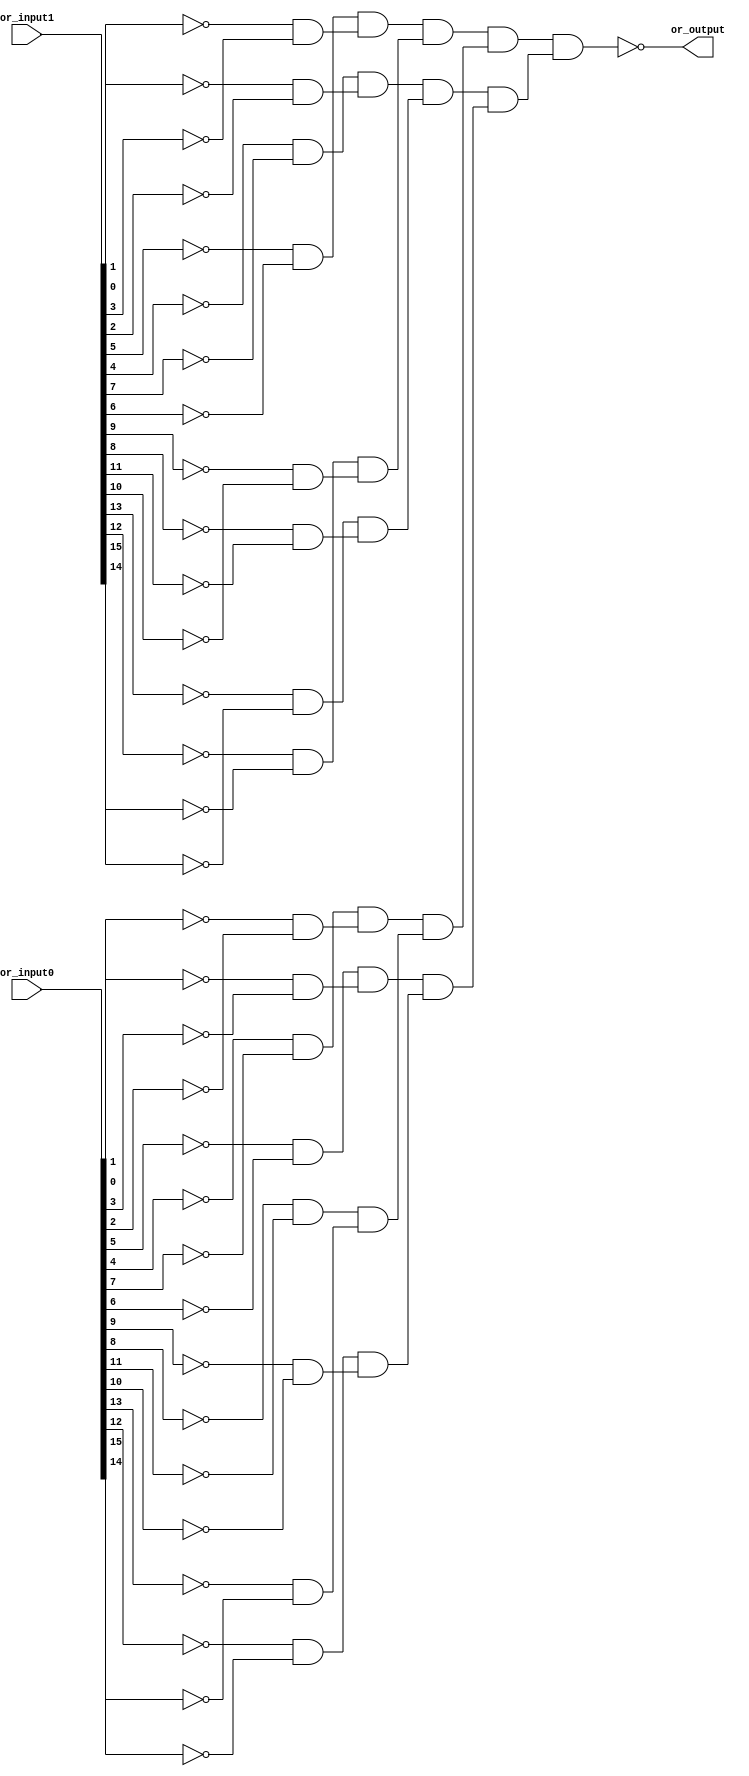
/* Generated by Yosys 0.28+1 (git sha1 a9c792dce, clang 10.0.0-4ubuntu1 -fPIC -Os) */

(* hdlname = "\\\\or32x1" *)
(* top =  1  *)
(* src = "or32x1.v:3.1-11.10" *)
module or32x1(or_input0, or_input1, or_output);
  wire _000_;
  wire _001_;
  wire _002_;
  wire _003_;
  wire _004_;
  wire _005_;
  wire _006_;
  wire _007_;
  wire _008_;
  wire _009_;
  wire _010_;
  wire _011_;
  wire _012_;
  wire _013_;
  wire _014_;
  wire _015_;
  wire _016_;
  wire _017_;
  wire _018_;
  wire _019_;
  wire _020_;
  wire _021_;
  wire _022_;
  wire _023_;
  wire _024_;
  wire _025_;
  wire _026_;
  wire _027_;
  wire _028_;
  wire _029_;
  wire _030_;
  wire _031_;
  wire _032_;
  wire _033_;
  wire _034_;
  wire _035_;
  wire _036_;
  wire _037_;
  wire _038_;
  wire _039_;
  wire _040_;
  wire _041_;
  wire _042_;
  wire _043_;
  wire _044_;
  wire _045_;
  wire _046_;
  wire _047_;
  wire _048_;
  wire _049_;
  wire _050_;
  wire _051_;
  wire _052_;
  wire _053_;
  wire _054_;
  wire _055_;
  wire _056_;
  wire _057_;
  wire _058_;
  wire _059_;
  wire _060_;
  wire _061_;
  wire _062_;
  wire _063_;
  wire _064_;
  wire _065_;
  wire _066_;
  wire _067_;
  wire _068_;
  wire _069_;
  wire _070_;
  wire _071_;
  wire _072_;
  wire _073_;
  wire _074_;
  wire _075_;
  wire _076_;
  wire _077_;
  wire _078_;
  wire _079_;
  wire _080_;
  wire _081_;
  wire _082_;
  wire _083_;
  wire _084_;
  wire _085_;
  wire _086_;
  wire _087_;
  wire _088_;
  wire _089_;
  wire _090_;
  wire _091_;
  wire _092_;
  wire _093_;
  wire _094_;
  wire _095_;
  wire _096_;
  wire _097_;
  wire _098_;
  wire _099_;
  wire _100_;
  wire _101_;
  wire _102_;
  wire _103_;
  wire _104_;
  wire _105_;
  wire _106_;
  wire _107_;
  wire _108_;
  wire _109_;
  wire _110_;
  wire _111_;
  wire _112_;
  wire _113_;
  wire _114_;
  wire _115_;
  wire _116_;
  wire _117_;
  wire _118_;
  wire _119_;
  wire _120_;
  wire _121_;
  (* src = "or32x1.v:4.18-4.27" *)
  wire _122_;
  (* src = "or32x1.v:4.18-4.27" *)
  wire _123_;
  (* src = "or32x1.v:4.18-4.27" *)
  wire _124_;
  (* src = "or32x1.v:4.18-4.27" *)
  wire _125_;
  (* src = "or32x1.v:4.18-4.27" *)
  wire _126_;
  (* src = "or32x1.v:4.18-4.27" *)
  wire _127_;
  (* src = "or32x1.v:4.18-4.27" *)
  wire _128_;
  (* src = "or32x1.v:4.18-4.27" *)
  wire _129_;
  (* src = "or32x1.v:4.18-4.27" *)
  wire _130_;
  (* src = "or32x1.v:4.18-4.27" *)
  wire _131_;
  (* src = "or32x1.v:4.18-4.27" *)
  wire _132_;
  (* src = "or32x1.v:4.18-4.27" *)
  wire _133_;
  (* src = "or32x1.v:4.18-4.27" *)
  wire _134_;
  (* src = "or32x1.v:4.18-4.27" *)
  wire _135_;
  (* src = "or32x1.v:4.18-4.27" *)
  wire _136_;
  (* src = "or32x1.v:4.18-4.27" *)
  wire _137_;
  (* src = "or32x1.v:5.18-5.27" *)
  wire _138_;
  (* src = "or32x1.v:5.18-5.27" *)
  wire _139_;
  (* src = "or32x1.v:5.18-5.27" *)
  wire _140_;
  (* src = "or32x1.v:5.18-5.27" *)
  wire _141_;
  (* src = "or32x1.v:5.18-5.27" *)
  wire _142_;
  (* src = "or32x1.v:5.18-5.27" *)
  wire _143_;
  (* src = "or32x1.v:5.18-5.27" *)
  wire _144_;
  (* src = "or32x1.v:5.18-5.27" *)
  wire _145_;
  (* src = "or32x1.v:5.18-5.27" *)
  wire _146_;
  (* src = "or32x1.v:5.18-5.27" *)
  wire _147_;
  (* src = "or32x1.v:5.18-5.27" *)
  wire _148_;
  (* src = "or32x1.v:5.18-5.27" *)
  wire _149_;
  (* src = "or32x1.v:5.18-5.27" *)
  wire _150_;
  (* src = "or32x1.v:5.18-5.27" *)
  wire _151_;
  (* src = "or32x1.v:5.18-5.27" *)
  wire _152_;
  (* src = "or32x1.v:5.18-5.27" *)
  wire _153_;
  (* src = "or32x1.v:6.17-6.26" *)
  wire _154_;
  (* src = "or32x1.v:4.18-4.27" *)
  input [15:0] or_input0;
  wire [15:0] or_input0;
  (* src = "or32x1.v:5.18-5.27" *)
  input [15:0] or_input1;
  wire [15:0] or_input1;
  (* src = "or32x1.v:6.17-6.26" *)
  output or_output;
  wire or_output;
  assign _056_ = ~_129_;
  assign _057_ = ~_122_;
  assign _058_ = ~_131_;
  assign _059_ = ~_130_;
  assign _060_ = ~_133_;
  assign _061_ = ~_132_;
  assign _062_ = ~_135_;
  assign _063_ = ~_134_;
  assign _064_ = ~_137_;
  assign _065_ = ~_136_;
  assign _066_ = ~_124_;
  assign _067_ = ~_123_;
  assign _068_ = ~_126_;
  assign _069_ = ~_125_;
  assign _070_ = ~_128_;
  assign _071_ = ~_127_;
  assign _072_ = ~_145_;
  assign _073_ = ~_138_;
  assign _074_ = ~_147_;
  assign _075_ = ~_146_;
  assign _076_ = ~_149_;
  assign _077_ = ~_148_;
  assign _078_ = ~_151_;
  assign _079_ = ~_150_;
  assign _080_ = ~_153_;
  assign _081_ = ~_152_;
  assign _082_ = ~_140_;
  assign _083_ = ~_139_;
  assign _084_ = ~_142_;
  assign _085_ = ~_141_;
  assign _086_ = ~_144_;
  assign _087_ = ~_143_;
  assign _088_ = ~(_076_ & _079_);
  assign _089_ = ~_088_;
  assign _090_ = ~(_073_ & _074_);
  assign _091_ = ~_090_;
  assign _092_ = ~(_089_ & _091_);
  assign _093_ = ~_092_;
  assign _094_ = ~(_085_ & _086_);
  assign _095_ = ~_094_;
  assign _096_ = ~(_080_ & _083_);
  assign _097_ = ~_096_;
  assign _098_ = ~(_095_ & _097_);
  assign _099_ = ~_098_;
  assign _100_ = ~(_093_ & _099_);
  assign _101_ = ~_100_;
  assign _102_ = ~(_061_ & _062_);
  assign _103_ = ~_102_;
  assign _104_ = ~(_056_ & _059_);
  assign _105_ = ~_104_;
  assign _106_ = ~(_103_ & _105_);
  assign _107_ = ~_106_;
  assign _108_ = ~(_065_ & _066_);
  assign _109_ = ~_108_;
  assign _110_ = ~(_068_ & _071_);
  assign _111_ = ~_110_;
  assign _112_ = ~(_109_ & _111_);
  assign _113_ = ~_112_;
  assign _114_ = ~(_107_ & _113_);
  assign _115_ = ~_114_;
  assign _116_ = ~(_101_ & _115_);
  assign _117_ = ~_116_;
  assign _118_ = ~(_077_ & _078_);
  assign _119_ = ~_118_;
  assign _120_ = ~(_072_ & _075_);
  assign _121_ = ~_120_;
  assign _030_ = ~(_119_ & _121_);
  assign _031_ = ~_030_;
  assign _032_ = ~(_084_ & _087_);
  assign _033_ = ~_032_;
  assign _034_ = ~(_081_ & _082_);
  assign _035_ = ~_034_;
  assign _036_ = ~(_033_ & _035_);
  assign _037_ = ~_036_;
  assign _038_ = ~(_031_ & _037_);
  assign _039_ = ~_038_;
  assign _040_ = ~(_060_ & _063_);
  assign _041_ = ~_040_;
  assign _042_ = ~(_057_ & _058_);
  assign _043_ = ~_042_;
  assign _044_ = ~(_041_ & _043_);
  assign _045_ = ~_044_;
  assign _046_ = ~(_069_ & _070_);
  assign _047_ = ~_046_;
  assign _048_ = ~(_064_ & _067_);
  assign _049_ = ~_048_;
  assign _050_ = ~(_047_ & _049_);
  assign _051_ = ~_050_;
  assign _052_ = ~(_045_ & _051_);
  assign _053_ = ~_052_;
  assign _054_ = ~(_039_ & _053_);
  assign _055_ = ~_054_;
  assign _154_ = ~(_117_ & _055_);
  assign _129_ = or_input0[1];
  assign _122_ = or_input0[0];
  assign _131_ = or_input0[3];
  assign _130_ = or_input0[2];
  assign _133_ = or_input0[5];
  assign _132_ = or_input0[4];
  assign _135_ = or_input0[7];
  assign _134_ = or_input0[6];
  assign _137_ = or_input0[9];
  assign _136_ = or_input0[8];
  assign _124_ = or_input0[11];
  assign _123_ = or_input0[10];
  assign _126_ = or_input0[13];
  assign _125_ = or_input0[12];
  assign _128_ = or_input0[15];
  assign _127_ = or_input0[14];
  assign _145_ = or_input1[1];
  assign _138_ = or_input1[0];
  assign _147_ = or_input1[3];
  assign _146_ = or_input1[2];
  assign _149_ = or_input1[5];
  assign _148_ = or_input1[4];
  assign _151_ = or_input1[7];
  assign _150_ = or_input1[6];
  assign _153_ = or_input1[9];
  assign _152_ = or_input1[8];
  assign _140_ = or_input1[11];
  assign _139_ = or_input1[10];
  assign _142_ = or_input1[13];
  assign _141_ = or_input1[12];
  assign _144_ = or_input1[15];
  assign _143_ = or_input1[14];
  assign or_output = _154_;
endmodule